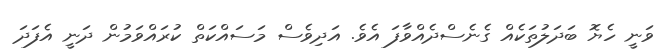
ވަނީ ހެޔޮ ބަދަލުތަކެއް ގެނެސްދެއްވާފަ އެވެ. އަދިވެސް މަސައްކަތް ކުރައްވަމުން ދަނީ އެފަދަ